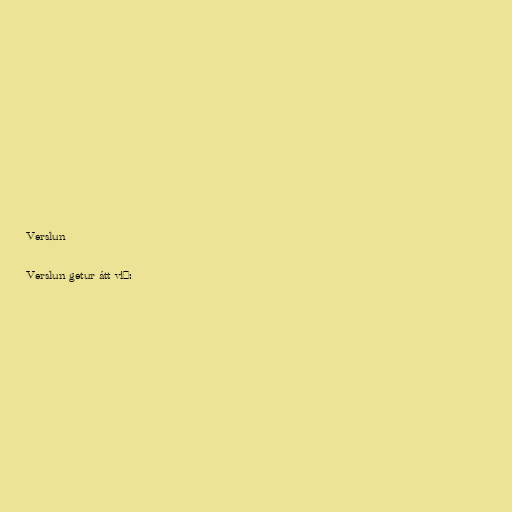
Verslun

Verslun getur átt við: